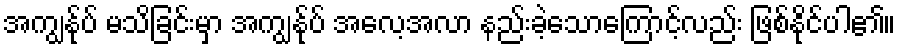
အကျွန်ုပ် မသိခြင်းမှာ အကျွန်ုပ် အလေ့အလာ နည်းခဲ့သောကြောင့်လည်း ဖြစ်နိုင်ပါ၏။